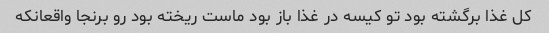
کل غذا برگشته بود تو کیسه در غذا باز بود ماست ریخته بود رو برنجا واقعانکه